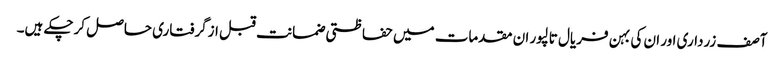
آصف زرداری اور ان کی بہن فریال تالپور ان مقدمات میں حفاظتی ضمانت قبل ازگرفتاری حاصل کرچکے ہیں۔